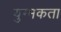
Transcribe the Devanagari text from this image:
युग्मकता